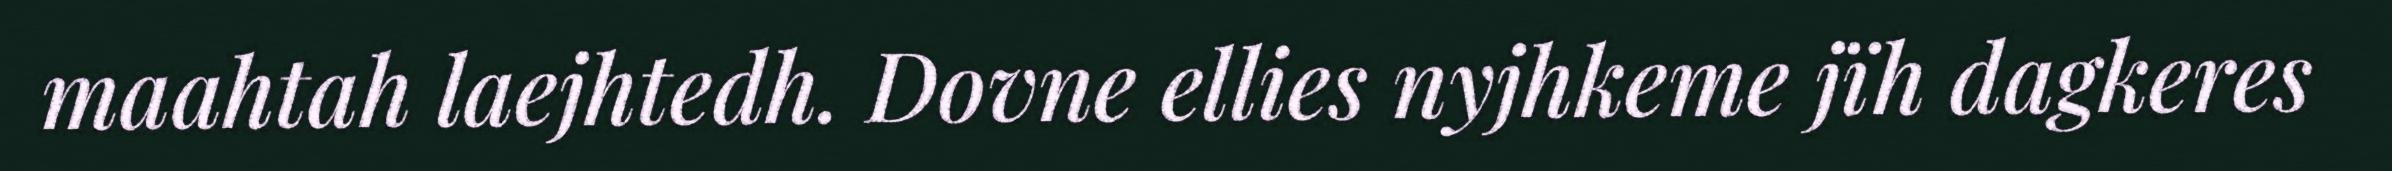
maahtah laejhtedh. Dovne ellies nyjhkeme jïh dagkeres